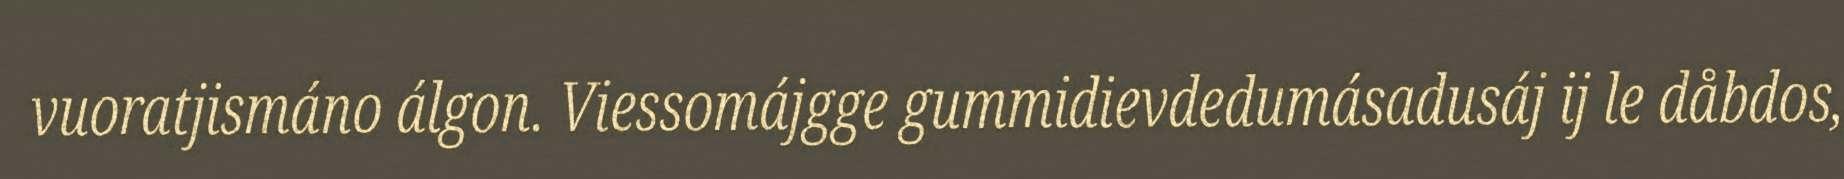
vuoratjismáno álgon. Viessomájgge gummidievdedumásadusáj ij le dåbdos,